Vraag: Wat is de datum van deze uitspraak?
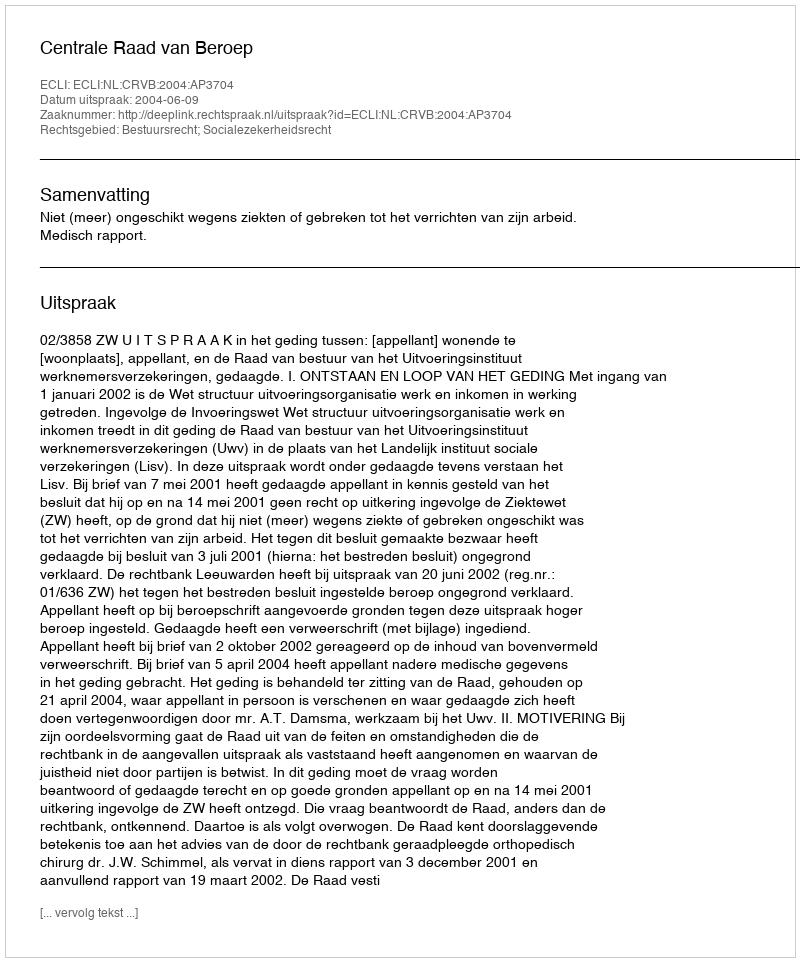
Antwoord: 2004-06-09